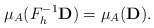
\begin{align*}\mu_A (F_{h}^{-1}{\bf D} ) = \mu_A({\bf D}) . \end{align*}